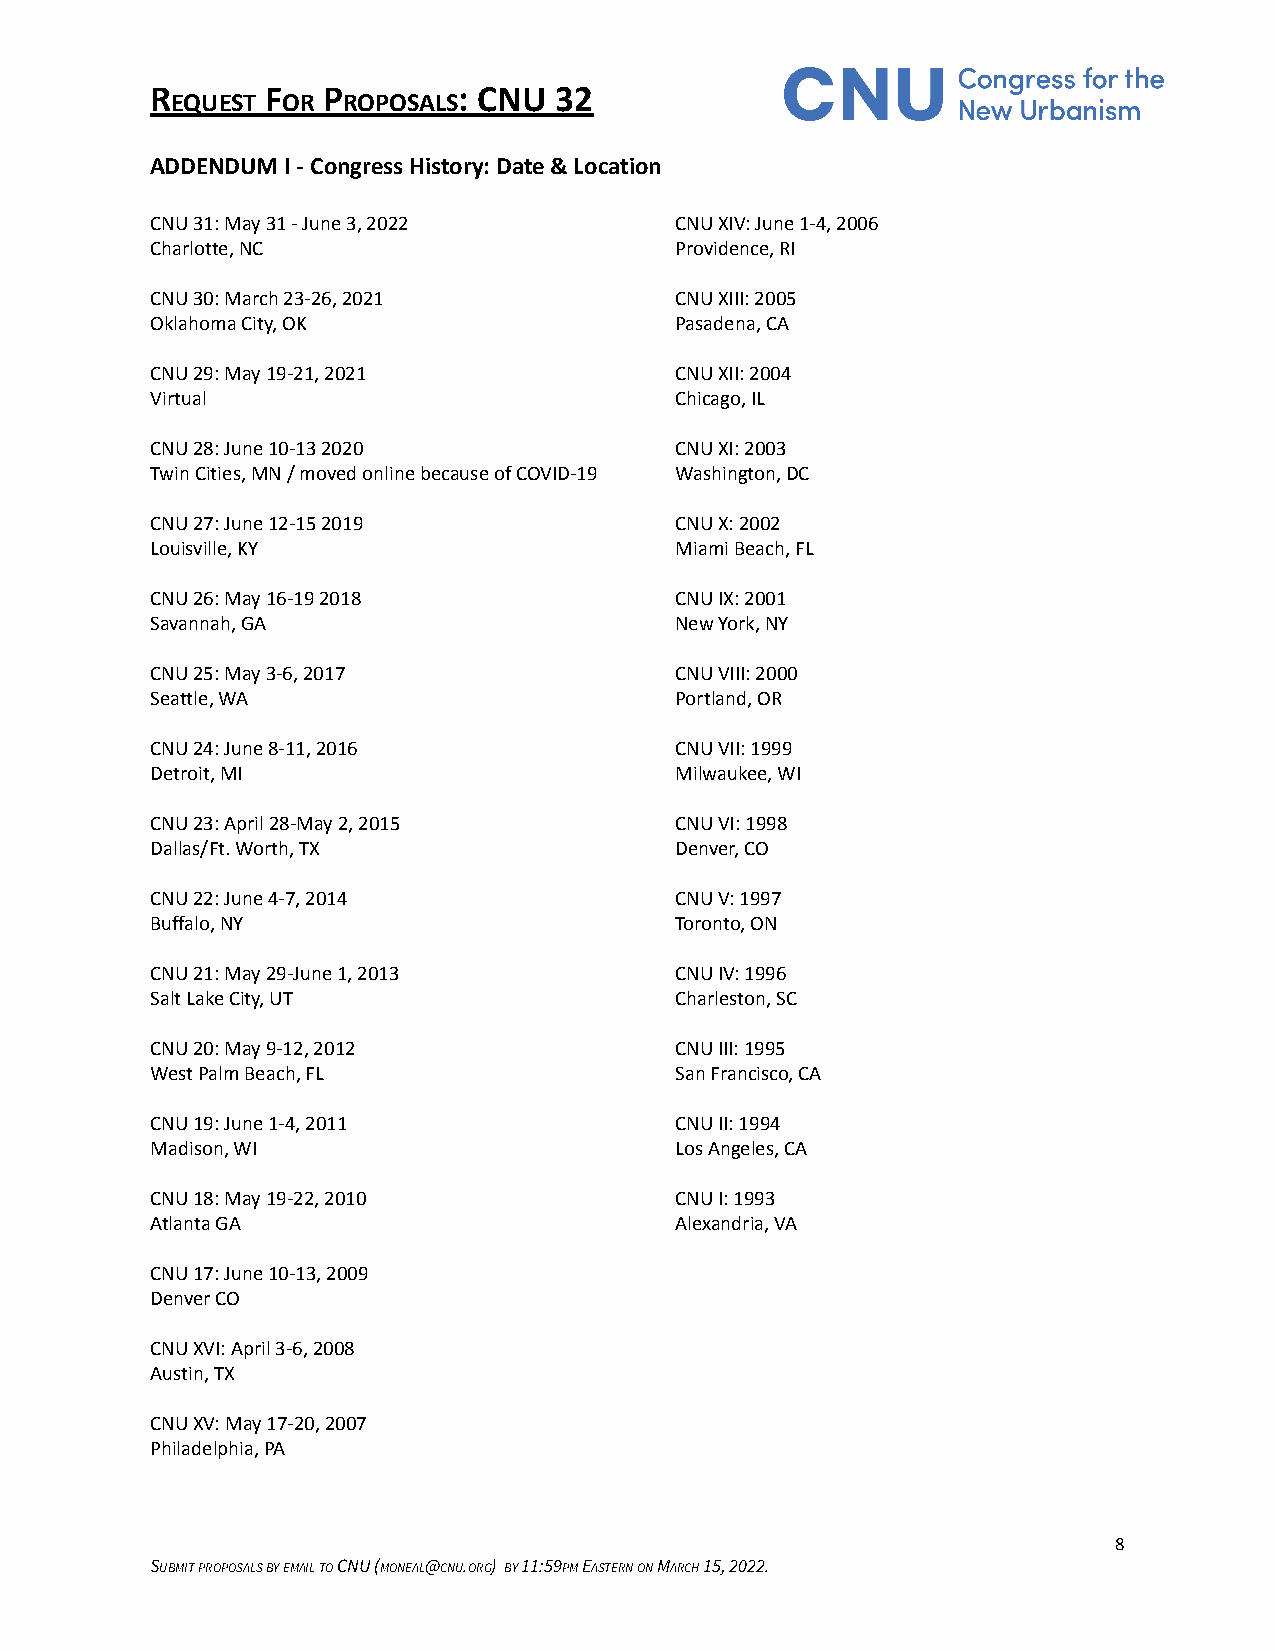
R       F  P        : CNU  32
 EQUEST  OR  ROPOSALS
 ADDENDUM I - Congress History: Date & Location
 CNU 31: May 31 - June 3, 2022      CNU XIV: June 1-4, 2006
 Charlotte, NC                      Providence, RI
 CNU 30: March 23-26, 2021          CNU XIII: 2005
 Oklahoma City, OK                  Pasadena, CA
 CNU 29: May 19-21, 2021            CNU XII: 2004
 Virtual                            Chicago, IL
 CNU 28: June 10-13 2020            CNU XI: 2003
 Twin Cities, MN / moved online because of COVID-19 Washington, DC
 CNU 27: June 12-15 2019            CNU X: 2002
 Louisville, KY                     Miami Beach, FL
 CNU 26: May 16-19 2018             CNU IX: 2001
 Savannah, GA                       New York, NY
 CNU 25: May 3-6, 2017              CNU VIII: 2000
 Seattle, WA                        Portland, OR
 CNU 24: June 8-11, 2016            CNU VII: 1999
 Detroit, MI                        Milwaukee, WI
 CNU 23: April 28-May 2, 2015       CNU VI: 1998
 Dallas/Ft. Worth, TX               Denver, CO
 CNU 22: June 4-7, 2014             CNU V: 1997
 Buffalo, NY                        Toronto, ON
 CNU 21: May 29-June 1, 2013        CNU IV: 1996
 Salt Lake City, UT                 Charleston, SC
 CNU 20: May 9-12, 2012             CNU III: 1995
 West Palm Beach, FL                San Francisco, CA
 CNU 19: June 1-4, 2011             CNU II: 1994
 Madison, WI                        Los Angeles, CA
 CNU 18: May 19-22, 2010            CNU I: 1993
 Atlanta GA                         Alexandria, VA
 CNU 17: June 10-13, 2009
 Denver CO
 CNU XVI: April 3-6, 2008
 Austin, TX
 CNU XV: May 17-20, 2007
 Philadelphia, PA
 8
 SUBMITPROPOSALSBYEMAILTOCNU (MONEAL@CNU.ORG) BY11:59PMEASTERNONMARCH15, 2022.